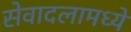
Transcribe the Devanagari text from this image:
सेवादलामध्ये